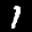
Label: 1